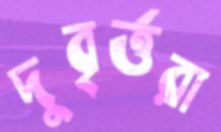
দুবৃর্ত্তরা